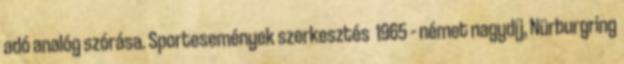
adó analóg szórása. Sportesemények szerkesztés 1965 – német nagydíj, Nürburgring